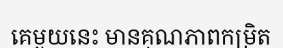
គេមួយនេះ មានគុណភាពកម្រិត